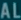
ALL